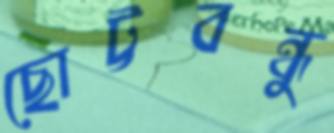
ছোট্টবন্ধু